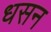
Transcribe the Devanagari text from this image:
धसन